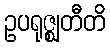
ဥပရုဇ္ဈတီတိ